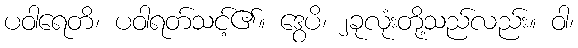
ပဝါရေတိ၊ ပဝါရတ်သင့်၏။ ဒွေပိ၊ ၂ခုလုံးတို့သည်လည်း။ ဝါ၊